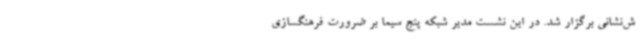
ش‌نشانی برگزار شد. در این نشست مدیر شبکه پنج سیما بر ضرورت فرهنگسازی